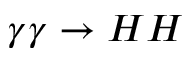
\gamma \gamma \rightarrow H H